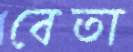
বেতা